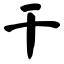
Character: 干